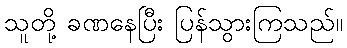
သူတို့ ခဏနေပြီး ပြန်သွားကြသည်။